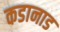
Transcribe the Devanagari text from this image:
कडानाड